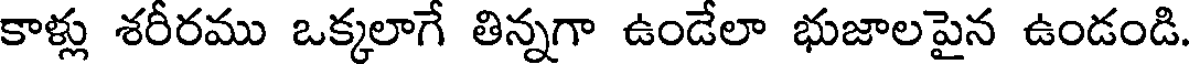
కాళ్లు శరీరము ఒక్కలాగే తిన్నగా ఉండేలా భుజాలపైన ఉండండి